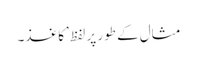
مثال کے طور پر لفظ ’کاغذ۔